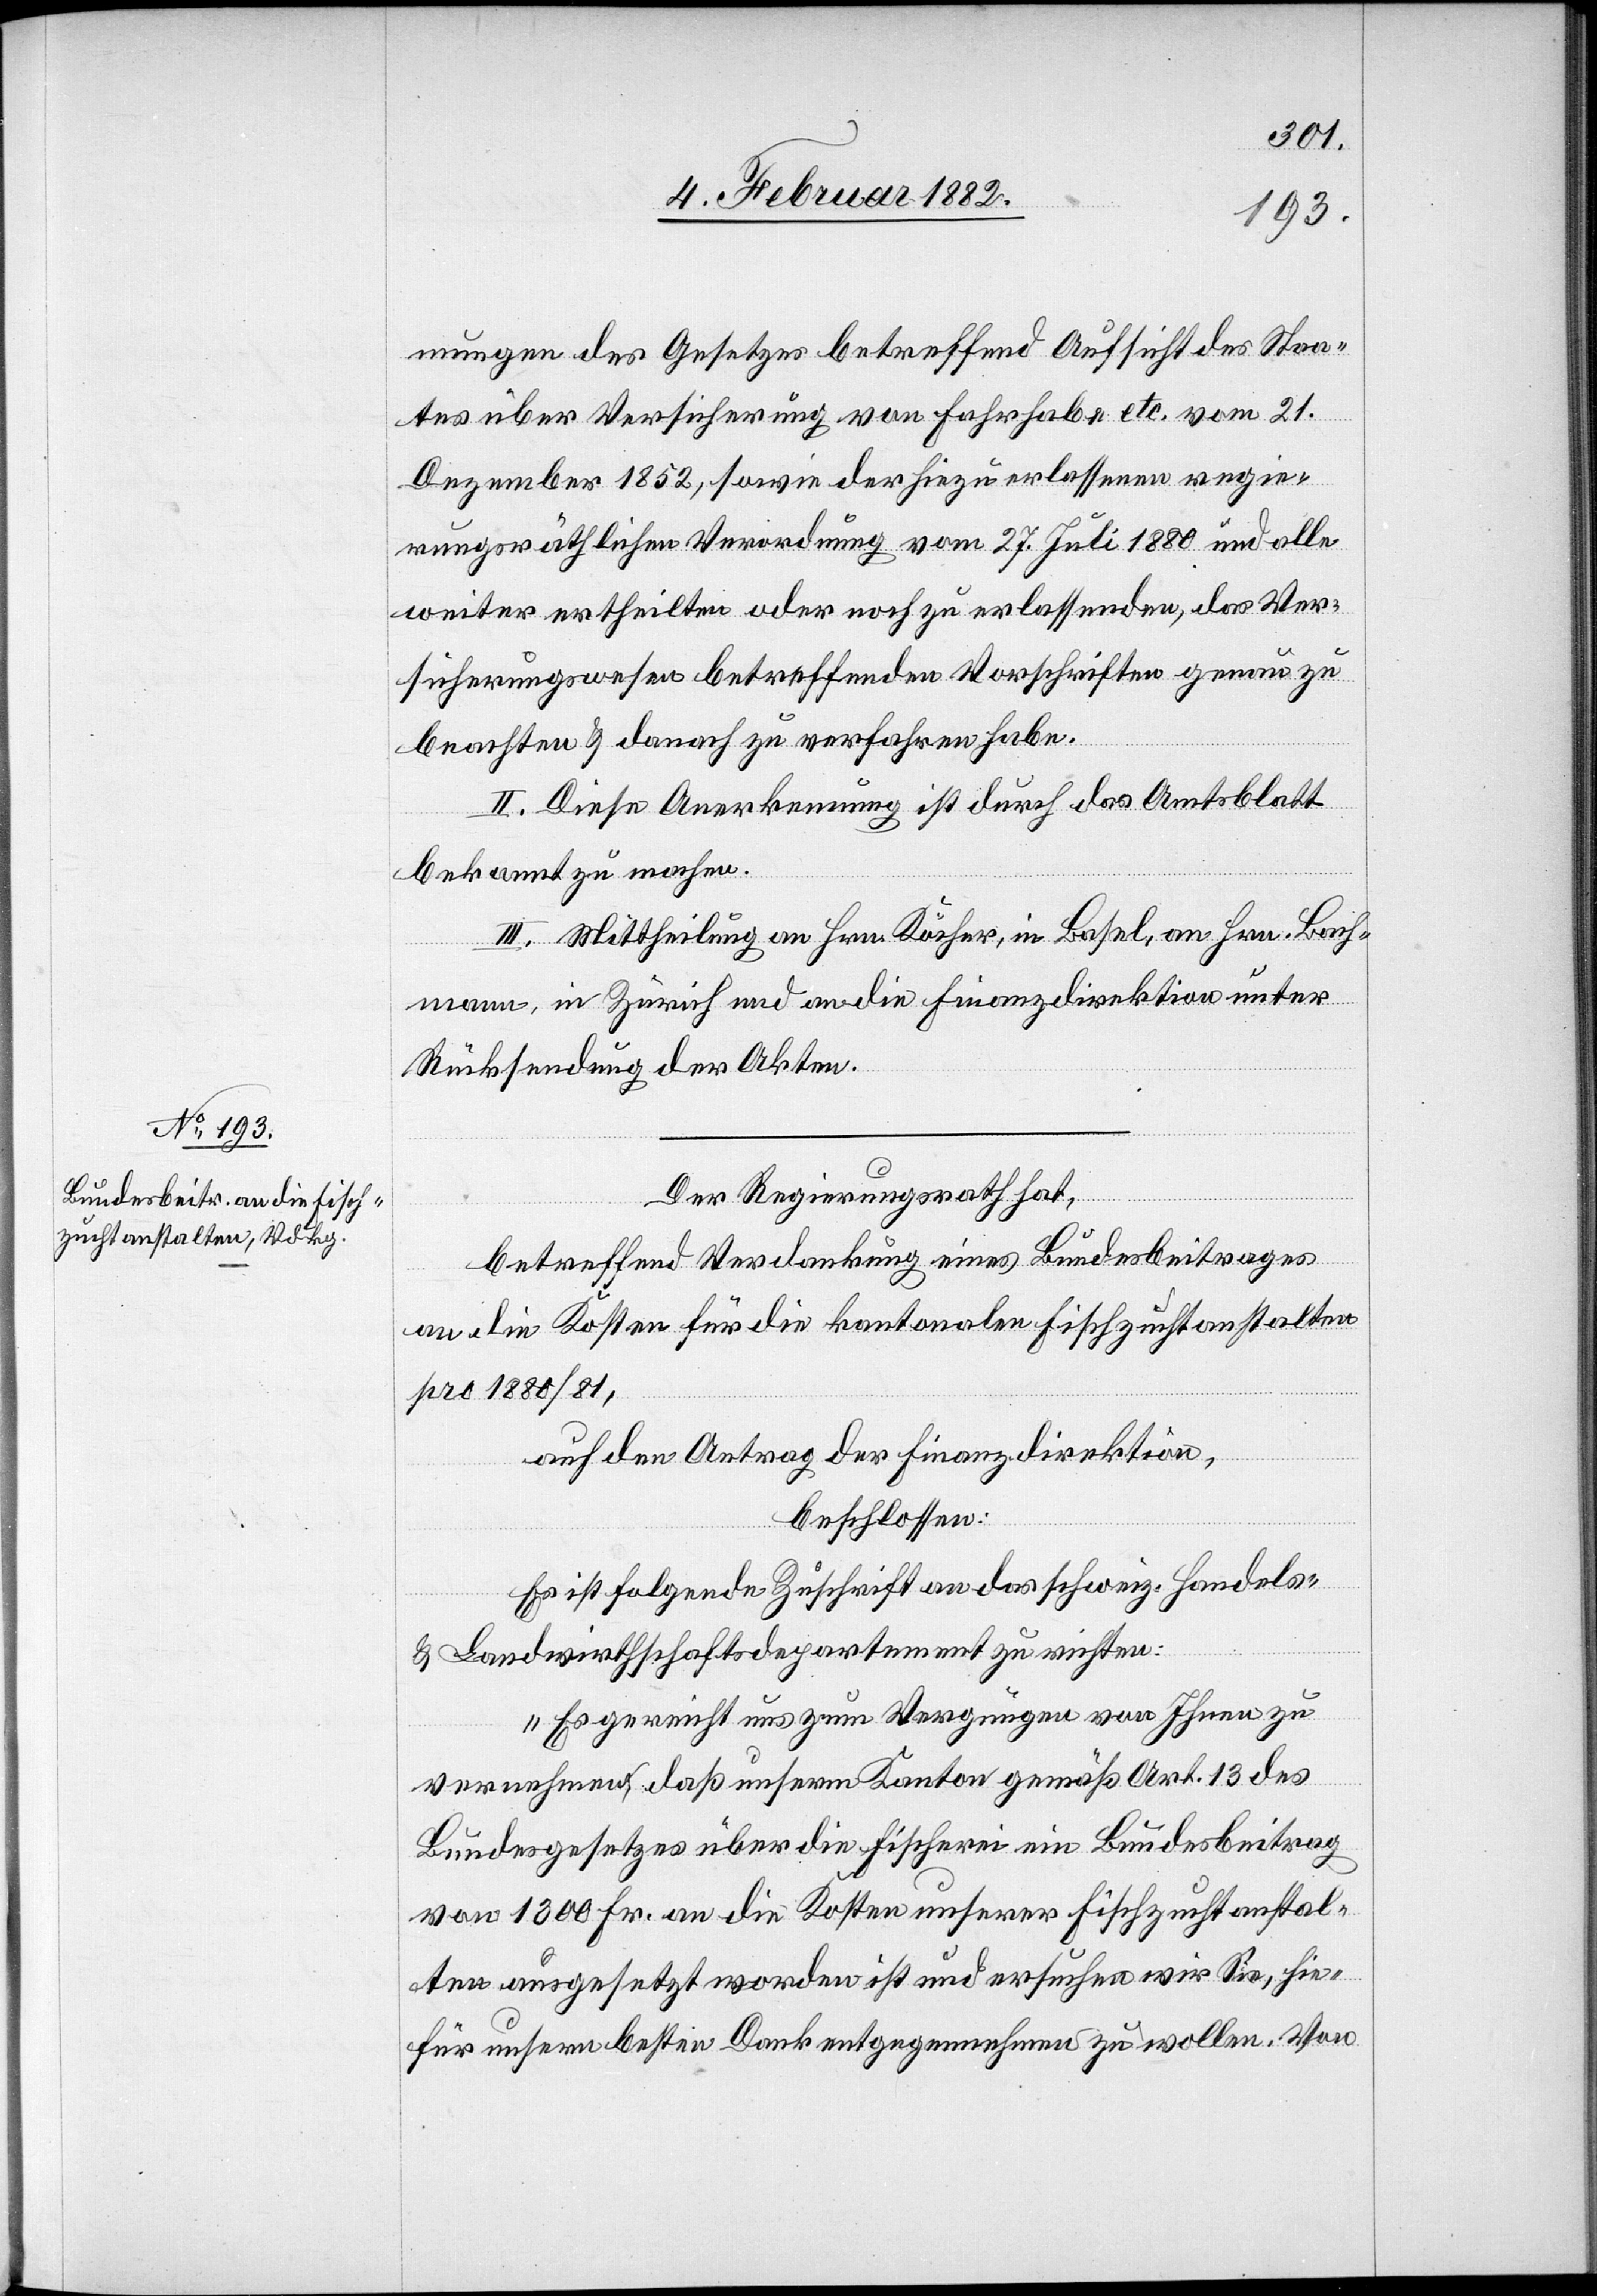
mungen des Gesetzes betreffend Aufsicht des Staa¬
tes über Versicherung von Fahrhabe etc. vom 21.
Dezember 1852, sowie der hiezu erlassenen regie¬
rungsräthlichen Verordnung vom 27. Juli 1880 und alle
weiter ertheilten oder noch zu erlassenden, das Ver¬
sicherungswesen betreffenden Vorschriften genau zu
beachten & danach zu verfahren habe.
II. Diese Anerkennung ist durch das Amtsblatt
bekannt zu machen.
III. Mittheilung an Hrn. Köcher, in Basel, an Hrn. Bach¬
mann, in Zürich und an die Finanzdirektion unter
Rücksendung der Akten.
Der Regierungsrath hat,
betreffend Verdankung eines Bundesbeitrages
an die Kosten für die kantonalen Fischzuchtanstalten
pro 1880/81
auf den Antrag der Finanzdirektion,
beschlossen:
Es ist folgende Zuschrift an das schweiz. Handles-
& Landwirtschaftsdepartement zu richten:
„Es gereicht uns zum Vergnügen von Ihnen zu
vernehmen, daß unserem Kanton gemäß Art. 13 des
Bundesgesetzes über die Fischerei ein Bundesbeitrag
von 13000 Fr. an die Kosten unserer Fischzuchtanstal¬
ten ausgesetzt worden ist und ersuchen wir Sie, hie¬
für unserem besten Dank entgegennehmen zu wollen. Von